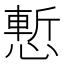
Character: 慙